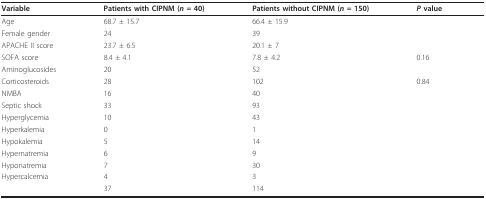
<table><thead><tr><td><b>Variable</b></td><td><b>Patients with CIPNM (<i>n </i>= 40)</b></td><td><b>Patients without CIPNM (<i>n </i>= 150)</b></td><td><b><i>P </i>value</b></td></tr></thead><tbody><tr><td>Age</td><td>68.7 ± 15.7</td><td>66.4 ± 15.9</td><td>[EMPTY_CELL]</td></tr><tr><td>Female gender</td><td>24</td><td>39</td><td>[EMPTY_CELL]</td></tr><tr><td>APACHE II score</td><td>23.7 ± 6.5</td><td>20.1 ± 7</td><td>[EMPTY_CELL]</td></tr><tr><td>SOFA score</td><td>8.4 ± 4.1</td><td>7.8 ± 4.2</td><td>0.16</td></tr><tr><td>Aminoglucosides</td><td>20</td><td>52</td><td>[EMPTY_CELL]</td></tr><tr><td>Corticosteroids</td><td>28</td><td>102</td><td>0.84</td></tr><tr><td>NMBA</td><td>16</td><td>40</td><td>[EMPTY_CELL]</td></tr><tr><td>Septic shock</td><td>33</td><td>93</td><td>[EMPTY_CELL]</td></tr><tr><td>Hyperglycemia</td><td>10</td><td>43</td><td>[EMPTY_CELL]</td></tr><tr><td>Hyperkalemia</td><td>0</td><td>1</td><td>[EMPTY_CELL]</td></tr><tr><td>Hypokalemia</td><td>5</td><td>14</td><td>[EMPTY_CELL]</td></tr><tr><td>Hypernatremia</td><td>6</td><td>9</td><td>[EMPTY_CELL]</td></tr><tr><td>Hyponatremia</td><td>7</td><td>30</td><td>[EMPTY_CELL]</td></tr><tr><td>Hypercalcemia</td><td>4</td><td>3</td><td>[EMPTY_CELL]</td></tr><tr><td>[EMPTY_CELL]</td><td>37</td><td>114</td><td>[EMPTY_CELL]</td></tr></tbody></table>